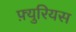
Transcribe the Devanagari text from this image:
फ़्युरियस